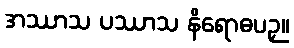
အဿာသ ပဿာသ နိရောဓပဉှ။